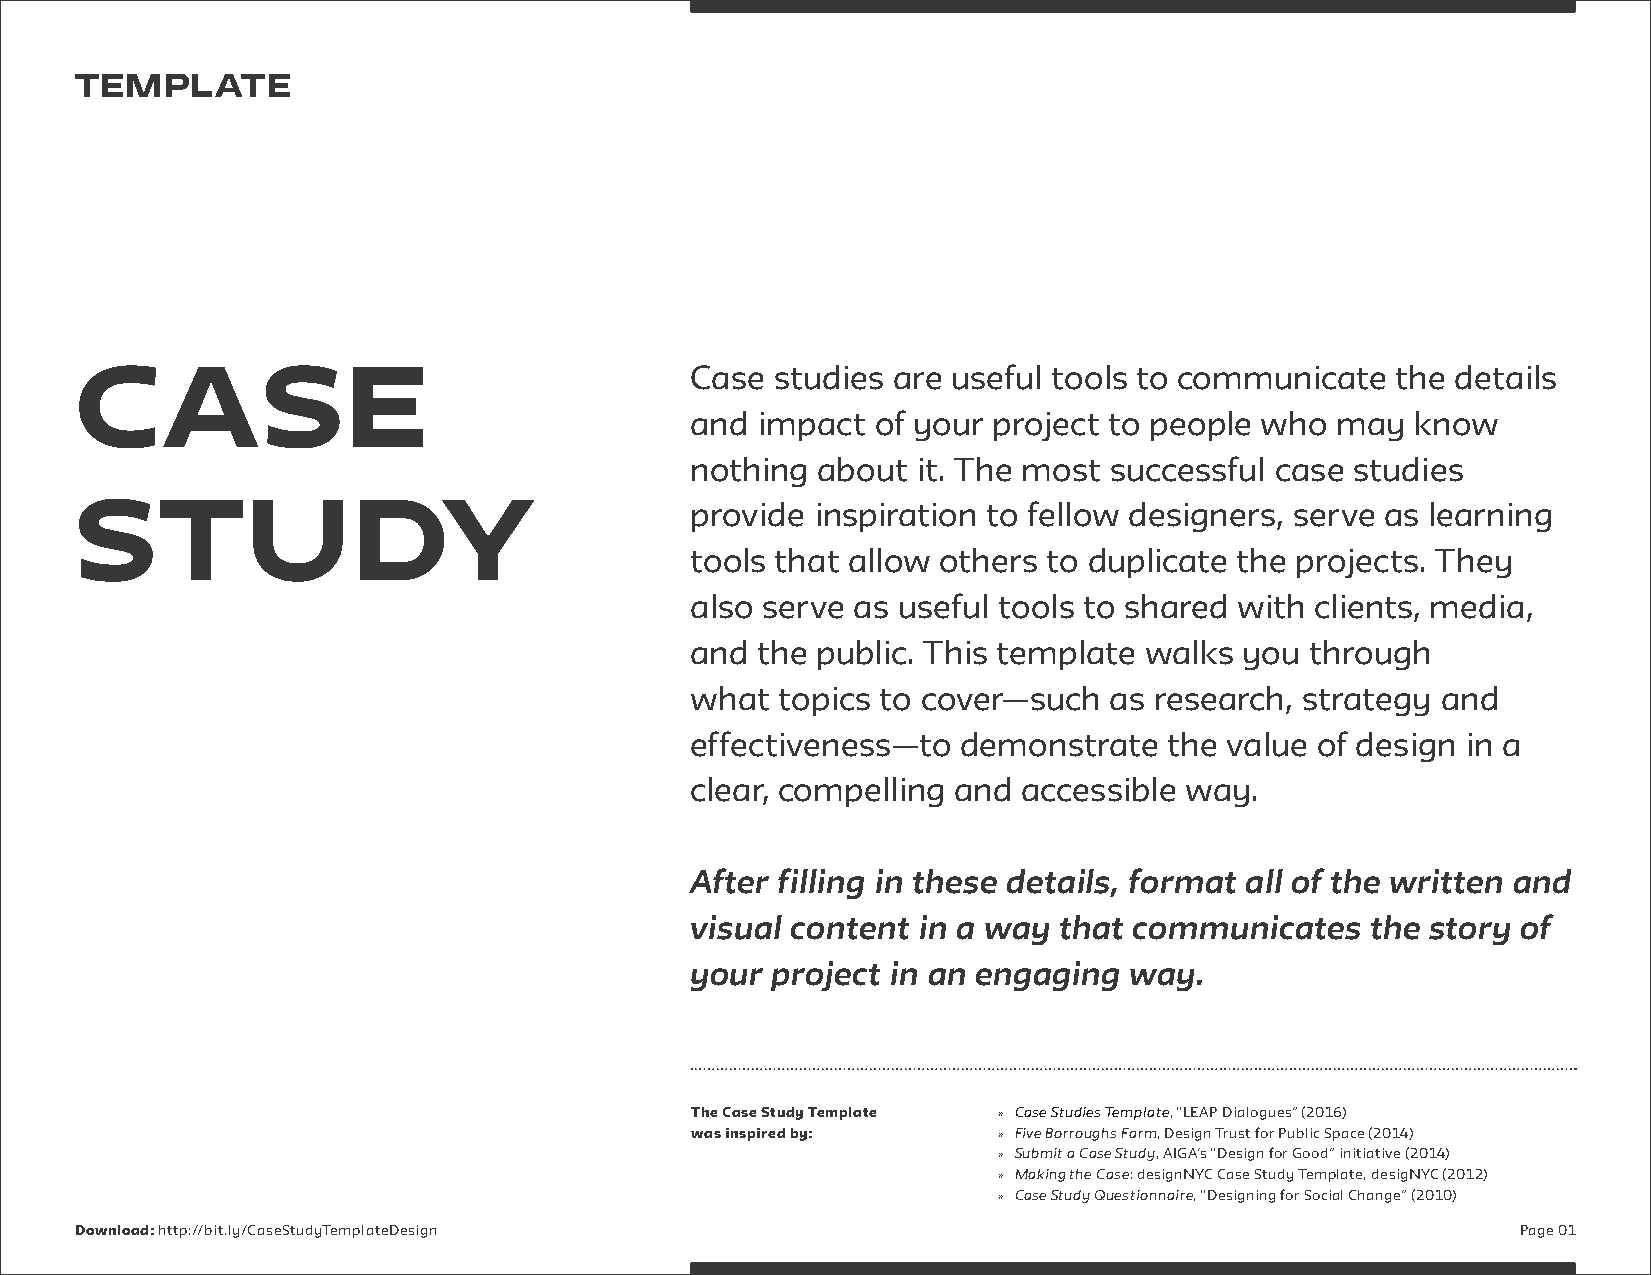
TEMPLATE
 CASE                                     Case studies are useful tools to communicate  the details
 and impact  of your project to people who may   know
 nothing about  it. The most successful case studies
 STUDY                                    provide inspiration to fellow designers, serve as learning
 tools that allow others to duplicate the projects. They
 also serve as useful tools to shared with clients, media,
 and the public. This template walks you  through
 what  topics to cover—such as research, strategy and
 effectiveness—to  demonstrate  the value of design in a
 clear, compelling and accessible way.
 After filling in these details, format all of the written and
 visual content in a way that communicates    the story of
 your project in an engaging  way.
 The Case Study Template » Case Studies Template, “LEAP Dialogues” (2016)
 was inspired by:    » Five Borroughs Farm, Design Trust for Public Space (2014)
 » Submit a Case Study, AIGA’s “Design for Good” initiative (2014)
 » Making the Case: designNYC Case Study Template, desigNYC (2012)
 » Case Study Questionnaire, “Designing for Social Change” (2010)
 Download: http://bit.ly/CaseStudyTemplateDesign                                                 Page 01